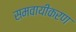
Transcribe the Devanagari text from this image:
समवायीकरण